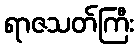
ရာဇသတ်ကြီး